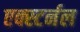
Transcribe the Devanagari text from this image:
एक्स्टर्नल